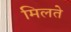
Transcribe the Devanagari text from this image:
मिलते